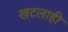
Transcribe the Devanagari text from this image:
खटलाही